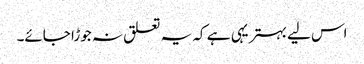
اس لیے بہتر یہی ہے کہ یہ تعلق نہ جوڑا جائے۔